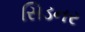
સિડનર